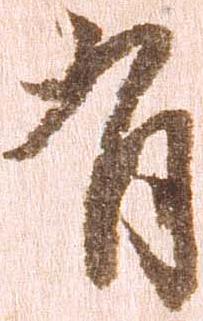
有